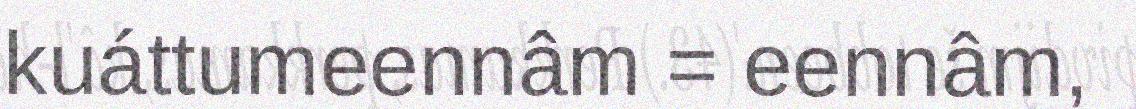
kuáttumeennâm = eennâm,